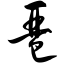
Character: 琶